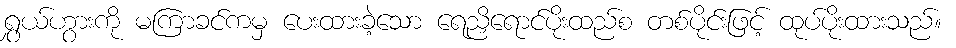
ရွှယ်ဟွားကို မကြာခင်ကမှ ပေးထားခဲ့သော ရေညှိရောင်ပိုးထည်စ တစ်ပိုင်းဖြင့် ထုပ်ပိုးထားသည်။